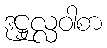
ဒုဋ္ဌုလ္လဝါစာ